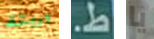
وريثة ط. يا